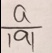
\frac { a } { \vert a \vert }